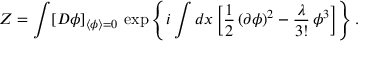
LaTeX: Z = \int [ { \cal D } \phi ] _ { \langle \phi \rangle = 0 } \, \exp \left\{ i \int d x \left[ \frac { 1 } { 2 } \, ( \partial \phi ) ^ { 2 } - \frac { \lambda } { 3 ! } \, \phi ^ { 3 } \right] \right\} .